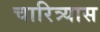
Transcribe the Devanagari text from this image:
चारित्र्यास